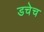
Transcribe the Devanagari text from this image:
डचेच